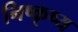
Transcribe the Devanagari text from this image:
निष्कृष्य